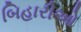
બિહારીઓ